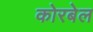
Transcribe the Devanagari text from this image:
कोरबेल